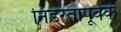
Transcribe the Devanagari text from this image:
निडरतापूर्वक